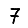
Digit: 7